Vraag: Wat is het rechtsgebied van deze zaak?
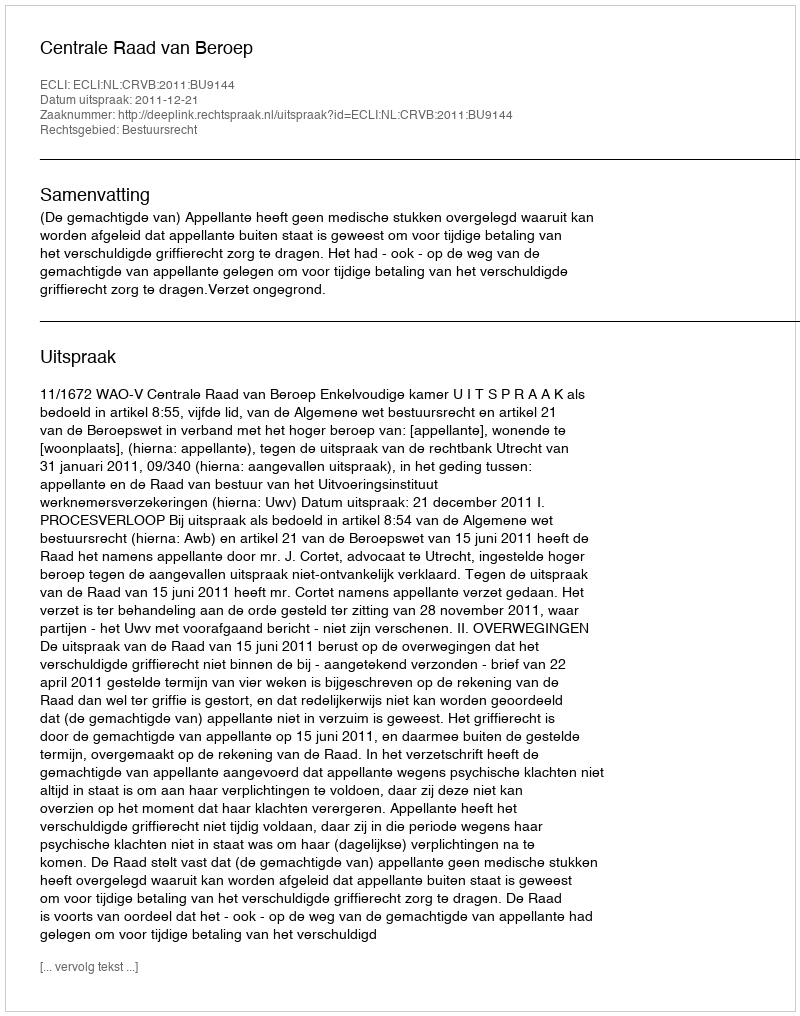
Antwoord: Bestuursrecht